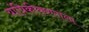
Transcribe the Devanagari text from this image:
यांत्रिकीकरणाला